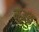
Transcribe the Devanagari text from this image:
मुअस